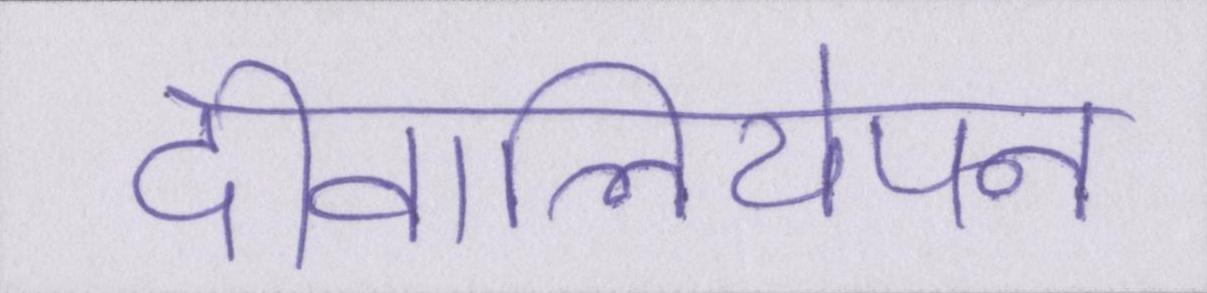
दीवालियेपन